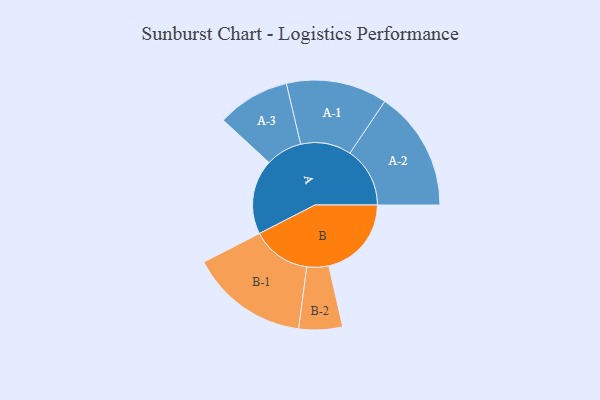
{"axis": {"x": "Segment", "y": "Value"}, "legend": ["", "A", "B"], "data": [{"x": "A", "y": 364, "type": ""}, {"x": "B", "y": 402, "type": ""}, {"x": "A-1", "y": 246, "type": "A"}, {"x": "A-2", "y": 292, "type": "A"}, {"x": "A-3", "y": 177, "type": "A"}, {"x": "B-1", "y": 288, "type": "B"}, {"x": "B-2", "y": 106, "type": "B"}]}